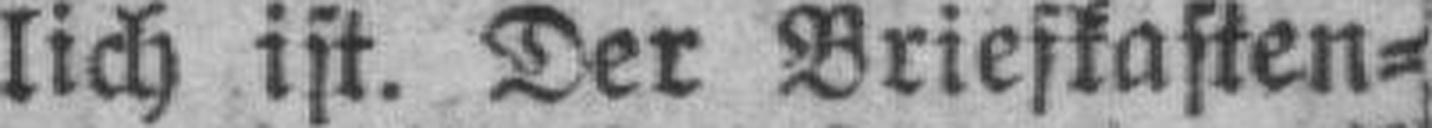
lich ist. Der Briefkasten¬